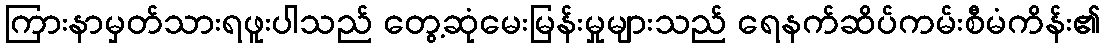
ကြားနာမှတ်သားရဖူးပါသည် တွေ့ဆုံမေးမြန်းမှုများသည် ရေနက်ဆိပ်ကမ်းစီမံကိန်း၏